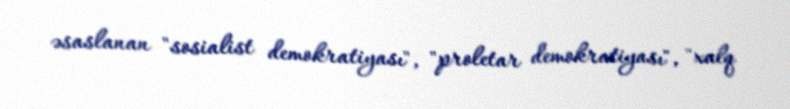
əsaslanan "sosialist demokratiyası", "proletar demokratiyası", "xalq